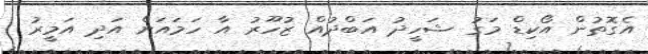
އެގޮތުން އޯކިޑް މަގު ޝަހީދު އަބްދުއް ޒުހޫރު އާ ހަމައަށް އަދި އަމީރު